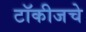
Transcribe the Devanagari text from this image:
टॉकीजचे